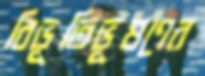
বিভূতিভূষণের